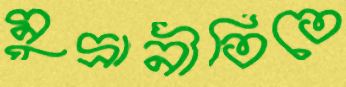
মুদ্রানীতিতে